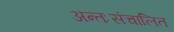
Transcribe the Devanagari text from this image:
अन्तःसंचालित